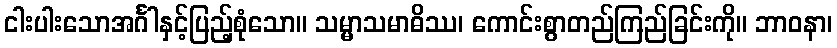
ငါးပါးသောအင်္ဂါနှင့်ပြည့်စုံသော။ သမ္မာသမာဓိဿ၊ ကောင်းစွာတည်ကြည်ခြင်းကို။ ဘာဝနာ၊